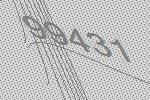
99431